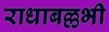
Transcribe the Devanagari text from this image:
राधाबल्लभी